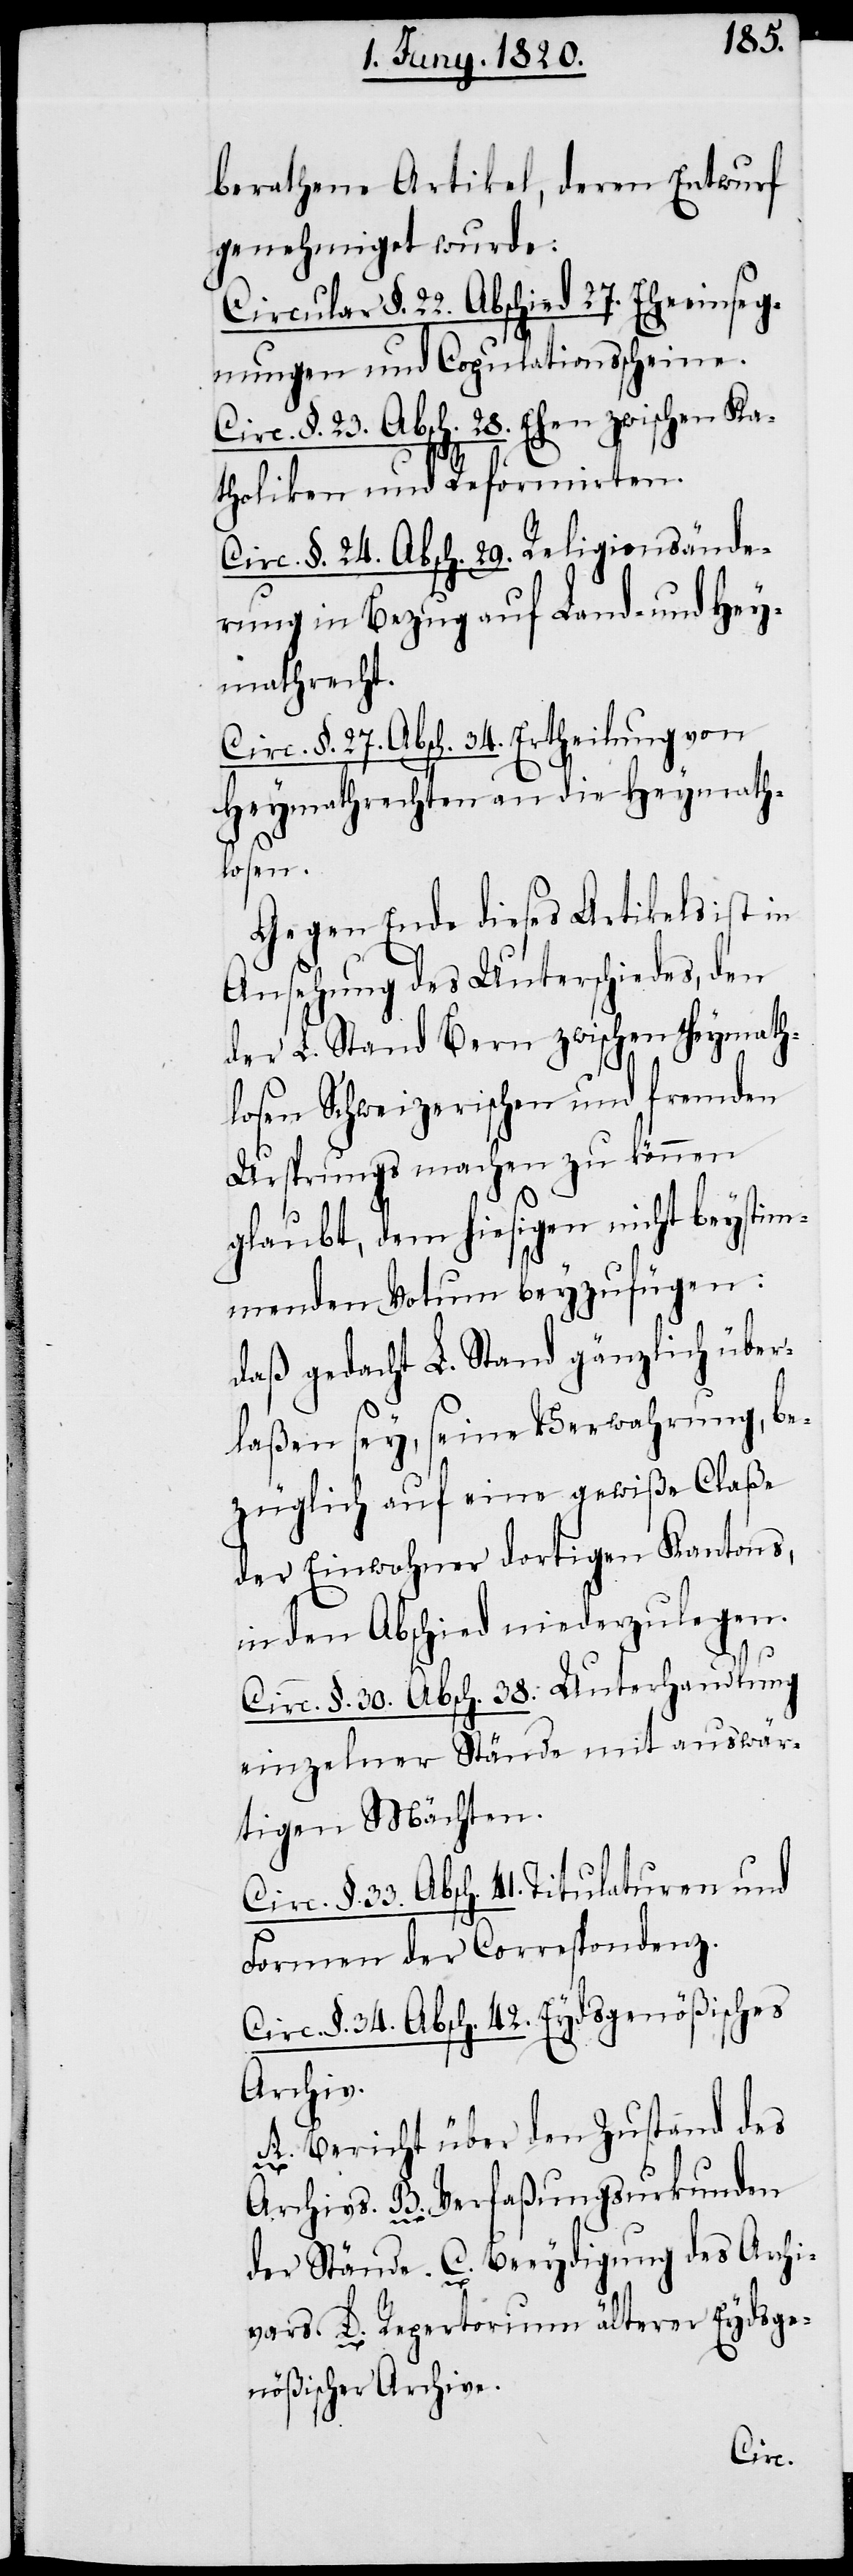
berathene Artikel, deren Entwurf
genehmiget wurde:
Circular §. 22. Abschied 27. Eheeinseg¬
nungen und Copulationsscheine.
c. §. 23. Absch. 28. Ehen zwischen Ka¬
tholiken und Reformirten.
Circ. §. 24. Absch. 29. Religionsände¬
rung in Bezug auf Land- und Hey¬
mathrecht.
Circ. §. 27. Absch. 34. Ertheilung von
Heymathrechten an die Heymath¬
losen.
Gegen Ende dieses Artikels ist in
Ansehung des Unterschiedes, den
der L. Stand Bern zwischen heymath¬
losen Schweizerischen und fremden
Ursprungs machen zu können
glaubt, dem hiesigen nicht beystim¬
menden Votum beyzufügen:
daß gedacht L. Stand gänzlich über¬
laßen sey, seine Verwahrung, be¬
züglich auf eine gewiße Claße
der Einwohner dortigen Kantons,
in den Abschied niederzulegen.
Circ. §. 30. Absch. 38: Unterhandlung
einzelner Stände mit auswär¬
tigen Mächten.
§. 33. Absch. 41. Titulaturen und
Formen der Correspondenz.
Circ. §. 34. Absch. 42. Eydsgenößisches
Archiv.
A. Bericht über den Zustand des
Archivs. B. Verfaßungsurkunden
der Stände. C. Beeydigung des Archi¬
vars D. Repertorium älterer Eydsge¬
nößischer Archive.
Circ.